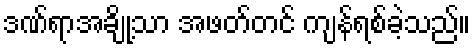
ဒဏ်ရာအချို့သာ အဖတ်တင် ကျန်ရစ်ခဲ့သည်။